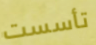
تأسست